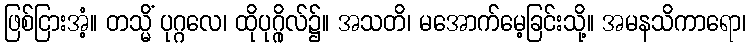
ဖြစ်ငြားအံ့။ တသ္မိံ ပုဂ္ဂလေ၊ ထိုပုဂ္ဂိုလ်၌။ အသတိ၊ မအောက်မေ့ခြင်းသို့။ အမနသိကာရော၊